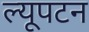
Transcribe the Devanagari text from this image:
ल्यूपटन